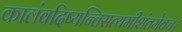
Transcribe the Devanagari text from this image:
कालंवदिष्यन्तिसत्यमीशंतमेवच।